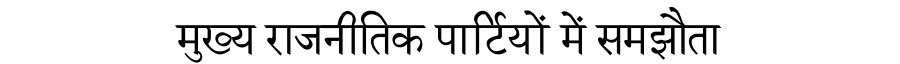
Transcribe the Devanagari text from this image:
मुख्य राजनीतिक पार्टियों में समझौता